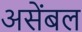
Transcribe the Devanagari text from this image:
असेंबल